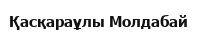
Қасқараұлы Молдабай